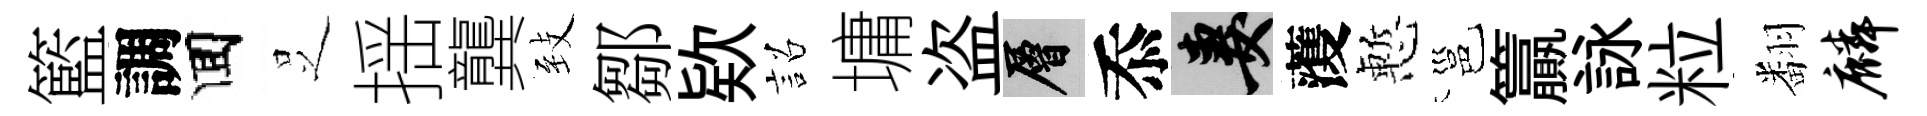
籃調囬𠯁揺龔𦤺鄒欵詔墉盗層忝妻𮑮慙邕籯詠粒翻麟